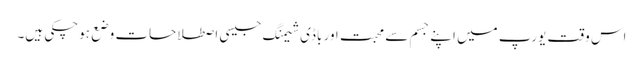
اس وقت یورپ میں اپنے جسم سے محبت اور باڈی شیمنگ جیسی اصطلاحات وضع ہوچکی ہیں۔